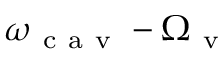
\omega _ { \mathrm { ~ c ~ a ~ v ~ } } - \Omega _ { \mathrm { ~ v ~ } }